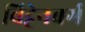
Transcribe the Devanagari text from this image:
विट्टेनबर्ग